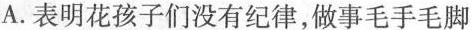
A.表明花孩子们没有纪律，做事毛手毛脚